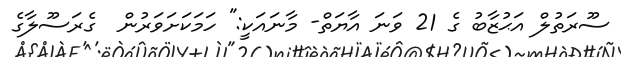
ސޫރަތުލް އަޙުޒާބު ގެ 21 ވަނަ އާޔަތް- މާނައަކީ:" ހަމަކަށަވަރުން  ގެރަސޫލާގެ